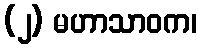
(၂) မဟာသာဝက၊